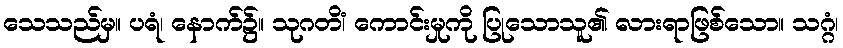
သေသည်မှ။ ပရံ၊ နောက်၌။ သုဂတိံ၊ ကောင်းမှုကို ပြုသောသူ၏ လားရာဖြစ်သော။ သဂ္ဂံ၊